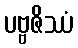
ပဗ္ဗဇိဿံ